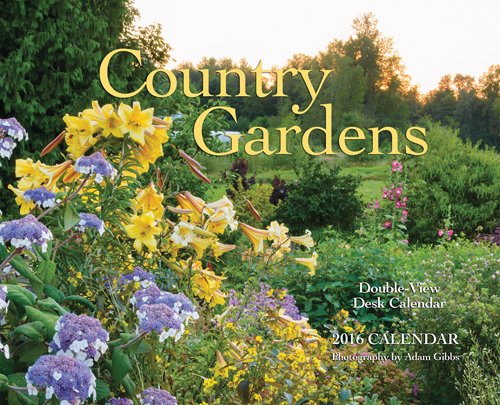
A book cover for Country Gardens 2016 Double-View Easel Wyman; Browntrout Publishers; Calendars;